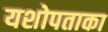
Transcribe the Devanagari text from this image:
यशोपताका